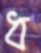
ধ